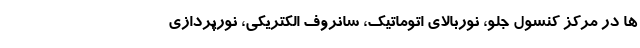
ها در مرکز کنسول جلو، نوربالای اتوماتیک، سانروف الکتریکی، نورپردازی